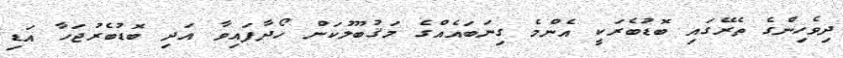
ދިވެހިންގެ ތެރޭގައި ބޮޑުބެރަކީ އެންމެ ގިނަބައެއްގެ މަޤުބޫލުކަން ހޯދާފައިވާ އަދި ބޮޑުބެރުޖަހާ އަޑި